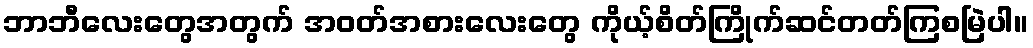
ဘာဘီလေးတွေအတွက် အဝတ်အစားလေးတွေ ကိုယ့်စိတ်ကြိုက်ဆင်တတ်ကြစမြဲပါ။